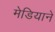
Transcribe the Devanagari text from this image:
मेडियाने